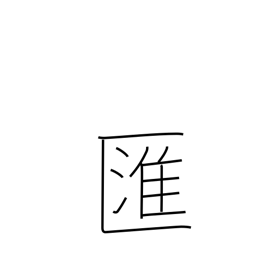
Meaning: swirl